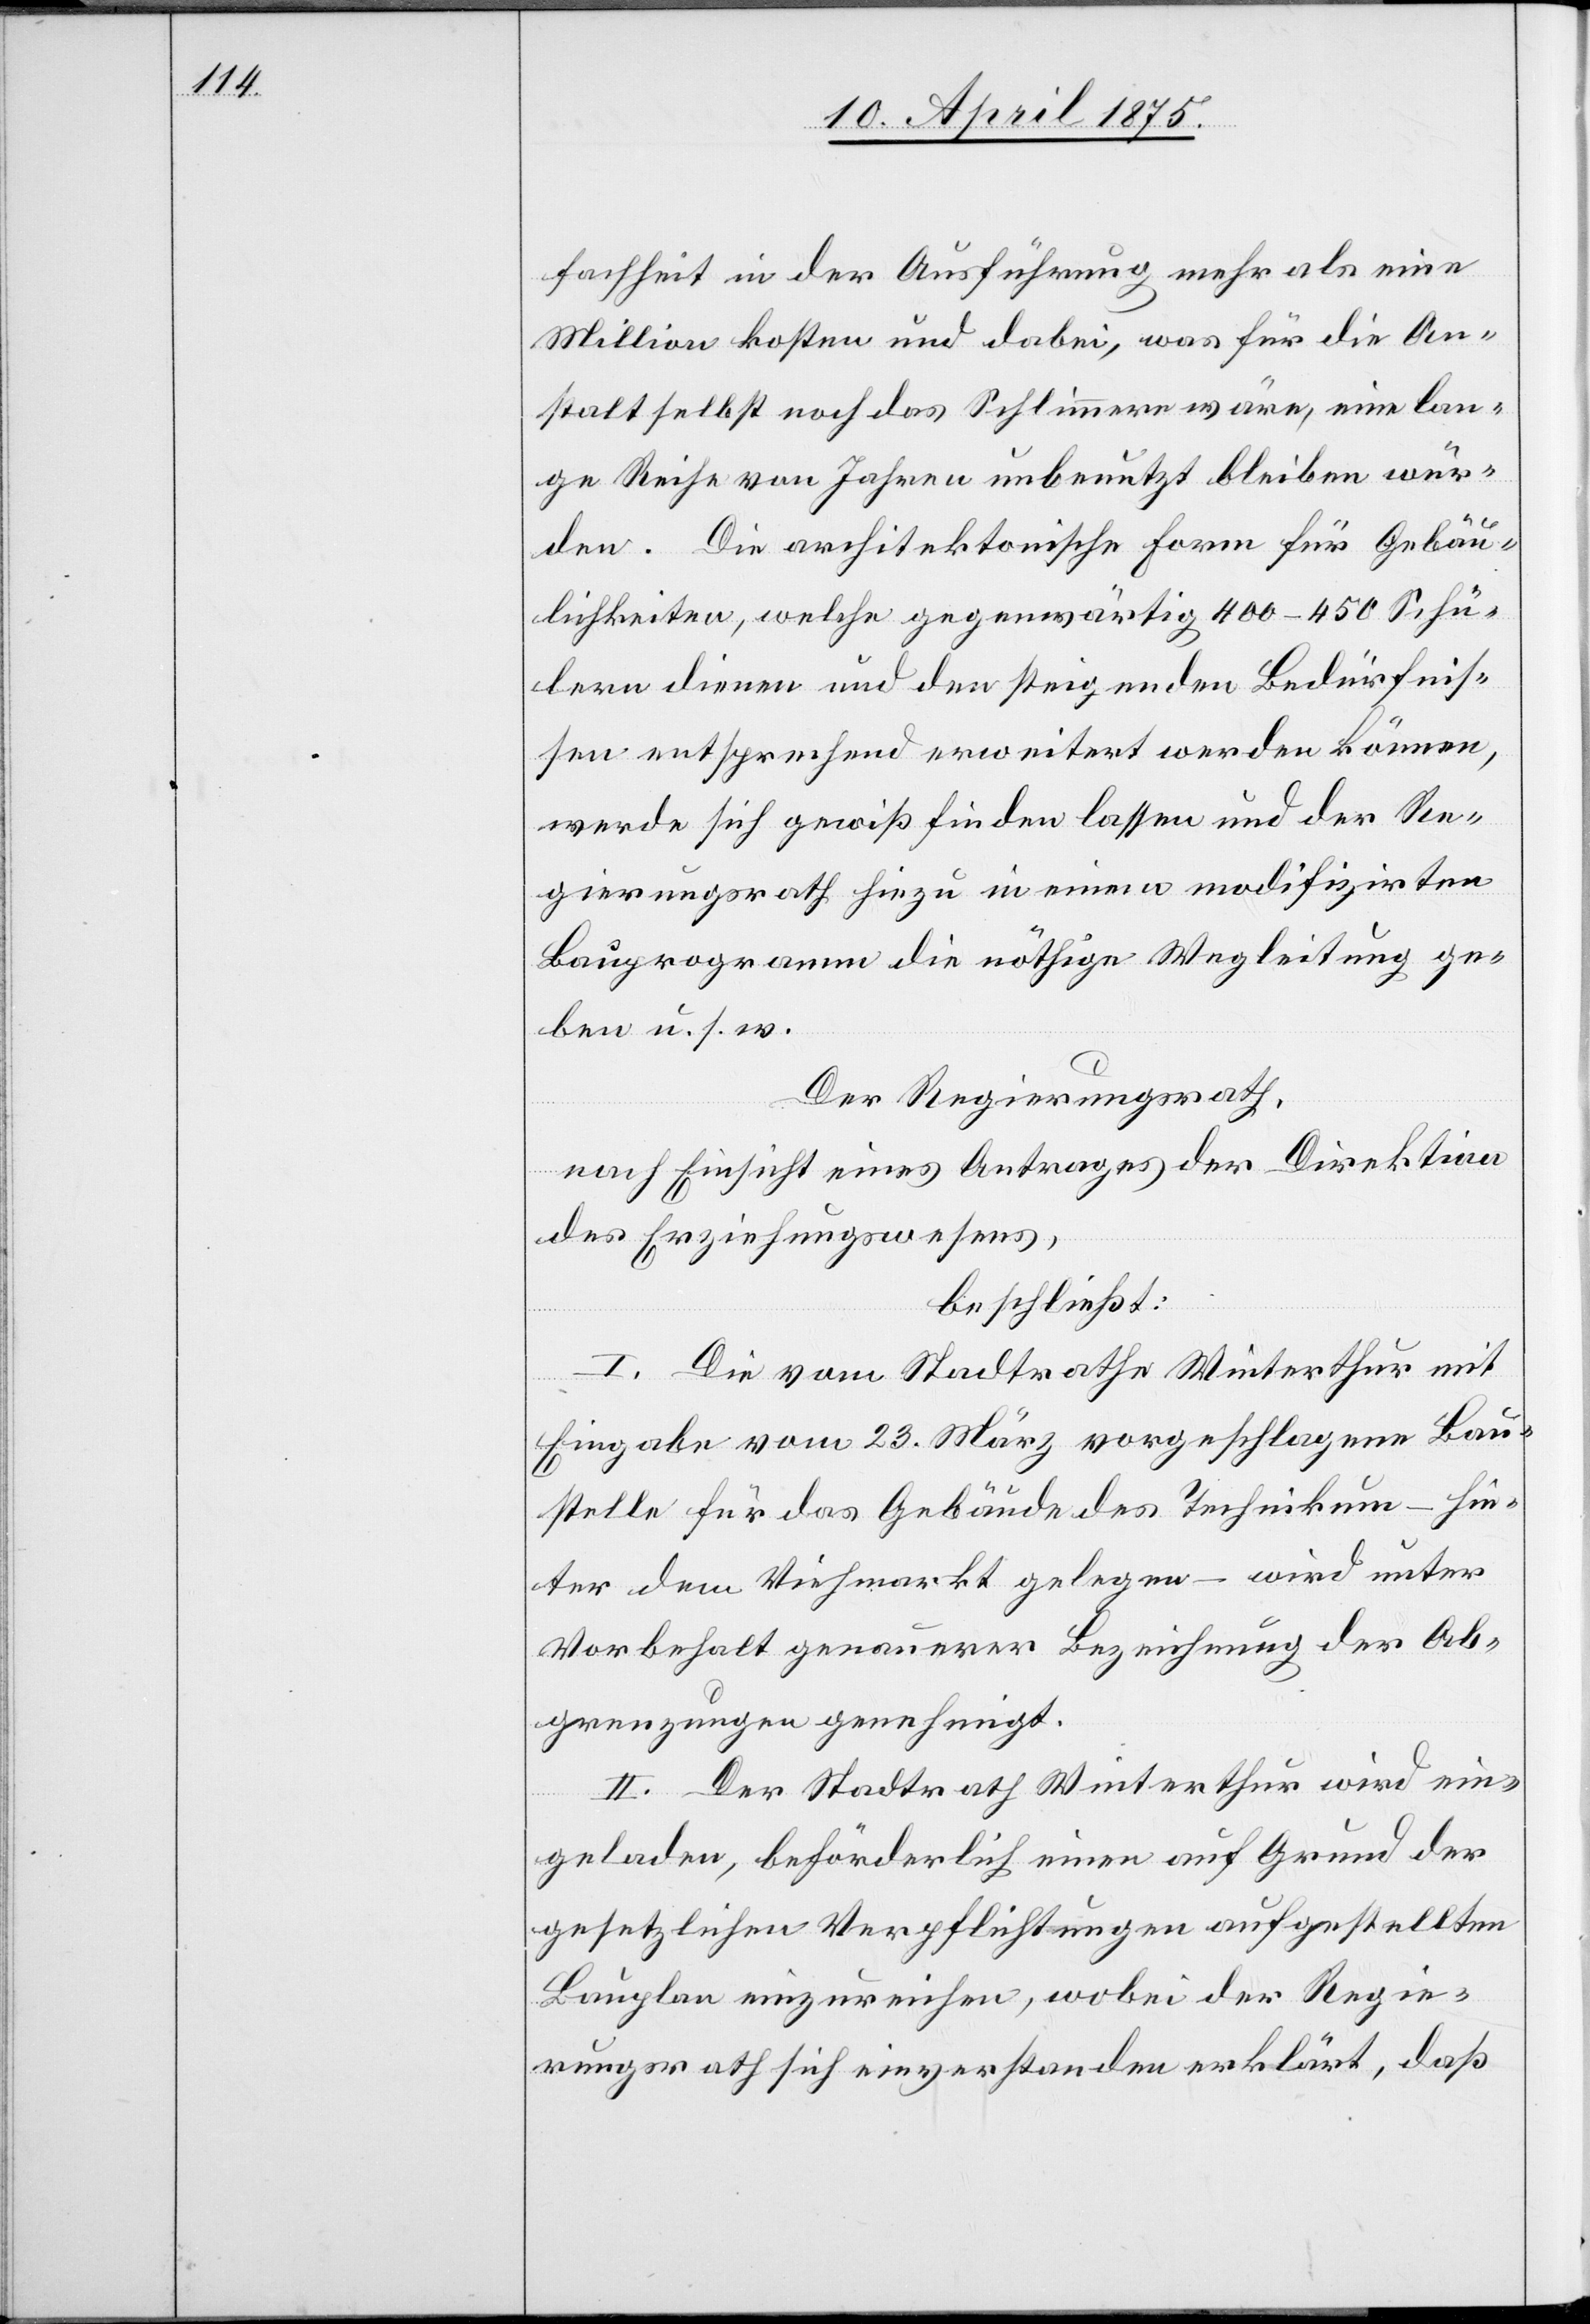
fachheit in der Ausführung mehr als eine
Million kosten und dabei, was für die An¬
stalt selbst noch das Schlimmere wäre, eine lan¬
ge Reihe von Jahren unbenutzt bleiben wür¬
den. Die architektonische Form für Gebäu¬
lichkeiten, welche gegenwärtig 400–450 Schü¬
lern dienen und den steigenden Bedürfnis¬
sen entsprechend erweitert werden können,
werde sich gewiß finden lassen und der Re¬
gierungsrath hiezu in einem modifizierten
Bauprogramm die nöthige Wegleitung ge¬
ben u. s. w.
Der Regierungsrath,
nach Einsicht eines Antrages der Direktion
des Erziehungswesens,
beschließt:
I. Die vom Stadtrathe Winterthur mit
Eingabe vom 23. März vorgeschlagenen Bau¬
stelle für das Gebäude des Technikum - wird
Vorbehalt genauerer Bezeichnung der Ab¬
grenzungen genehmigt.
II. Der Stadtrath Winterthur wird ein¬
geladen, beförderlich einen auf Grund der
gesetzlichen Verpflichtungen aufgestellten
Bauplan einzureichen, wobei der Regie¬
rungsrath sich einverstanden erklärt, daß